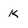
Character: k